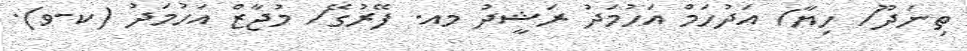
ތިނަދޫ/ ހިޔާ/ އަދުހަމް އަހުމަދު ރަޝީދު މއ. ފޭރުގޭ/ މުޖާޒް އަހުމަދު (ކ-ވ).